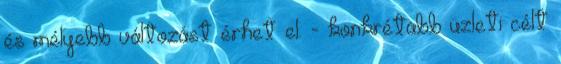
és mélyebb változást érhet el. - konkrétabb üzleti célt